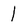
Character: l